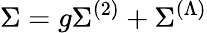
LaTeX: \Sigma=g\Sigma^{(2)}+\Sigma^{(\Lambda)}